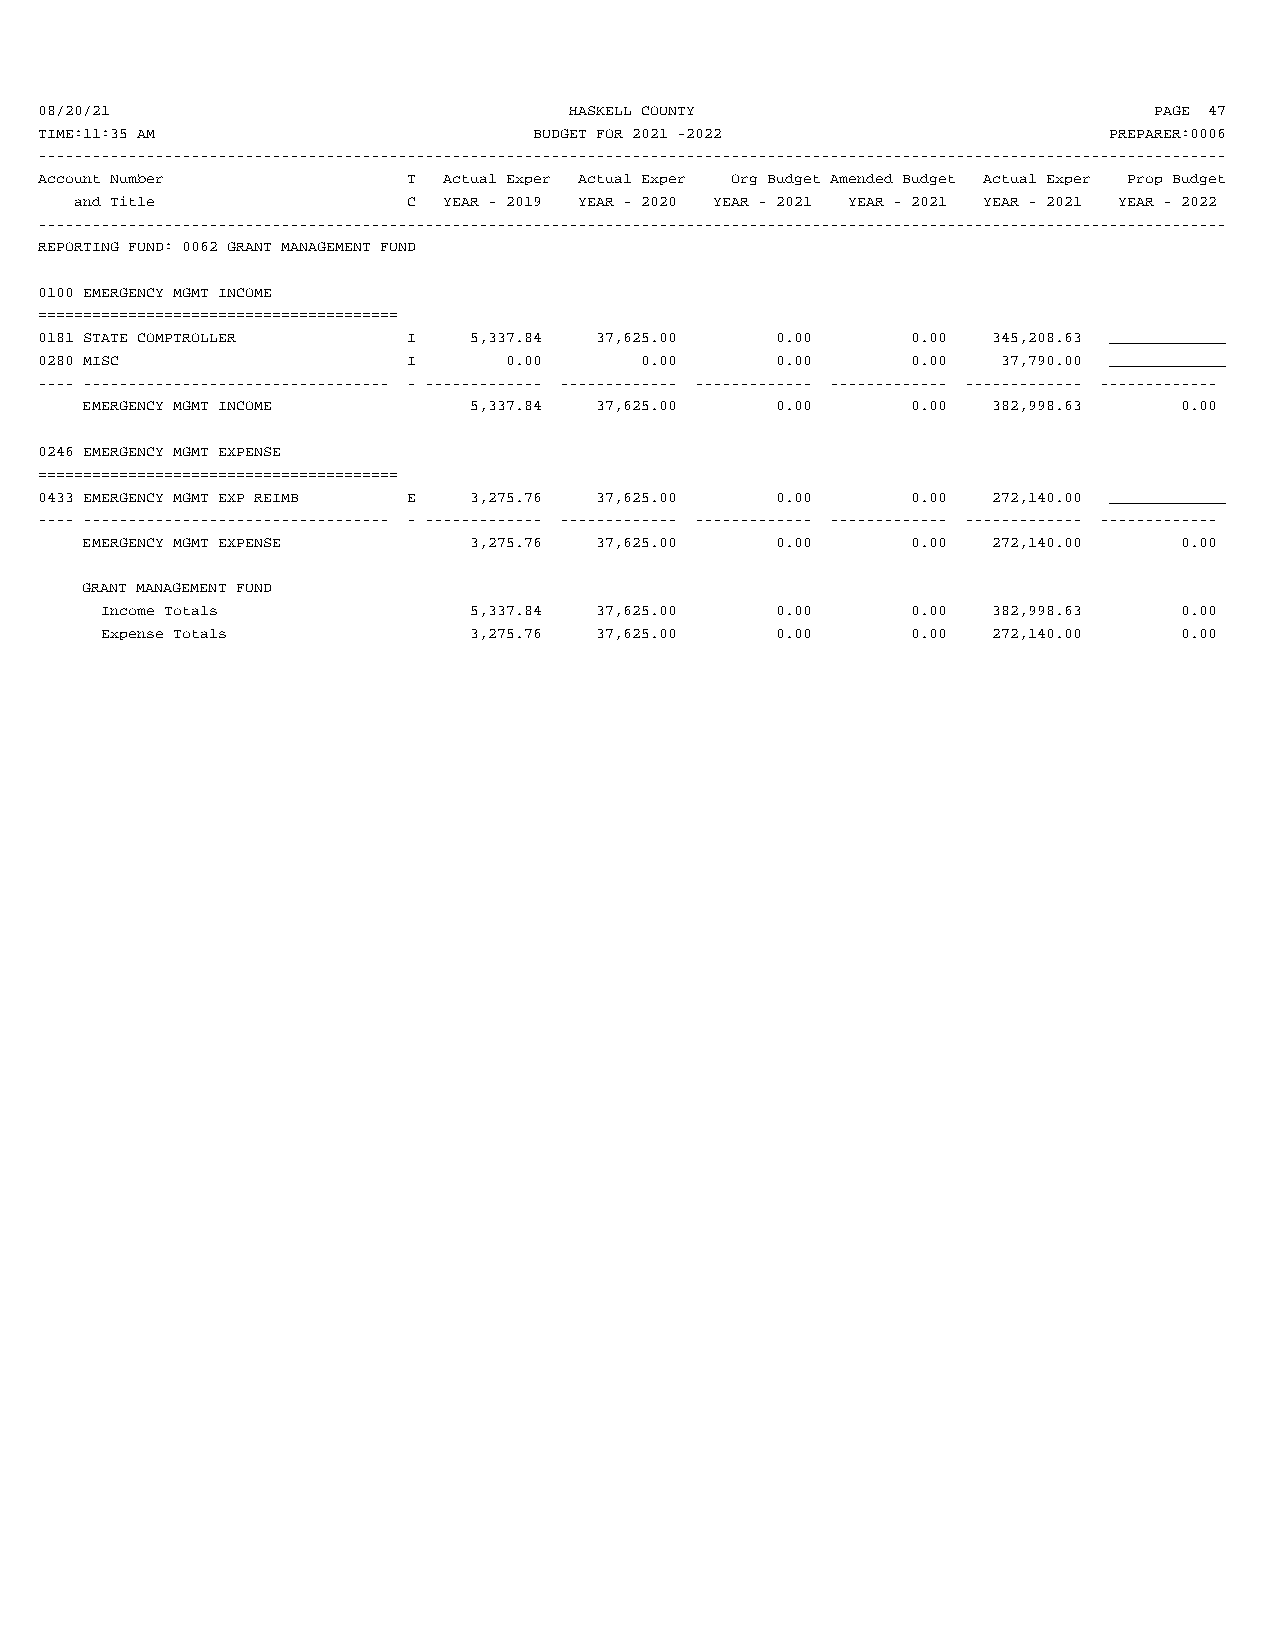
08/20/21                            HASKELL COUNTY                        PAGE 47
 TIME:11:35 AM                    BUDGET FOR 2021 -2022                 PREPARER:0006
 ------------------------------------------------------------------------------------------------------------------------------------
 Account Number           T Actual Exper Actual Exper Org Budget Amended Budget Actual Exper Prop Budget
 and Title             C YEAR - 2019 YEAR - 2020 YEAR - 2021 YEAR - 2021 YEAR - 2021 YEAR - 2022
 ------------------------------------------------------------------------------------------------------------------------------------
 REPORTING FUND: 0062 GRANT MANAGEMENT FUND
 0100 EMERGENCY MGMT INCOME
 ========================================
 0181 STATE COMPTROLLER   I   5,337.84 37,625.00  0.00     0.00  345,208.63 _____________
 0280 MISC                I     0.00     0.00     0.00     0.00  37,790.00 _____________
 ---- ---------------------------------- - ------------- ------------- ------------- ------------- ------------- -------------
 EMERGENCY MGMT INCOME     5,337.84 37,625.00  0.00     0.00  382,998.63  0.00
 0246 EMERGENCY MGMT EXPENSE
 ========================================
 0433 EMERGENCY MGMT EXP REIMB E 3,275.76 37,625.00 0.00   0.00  272,140.00 _____________
 ---- ---------------------------------- - ------------- ------------- ------------- ------------- ------------- -------------
 EMERGENCY MGMT EXPENSE    3,275.76 37,625.00  0.00     0.00  272,140.00  0.00
 GRANT MANAGEMENT FUND
 Income Totals           5,337.84 37,625.00  0.00     0.00  382,998.63  0.00
 Expense Totals          3,275.76 37,625.00  0.00     0.00  272,140.00  0.00